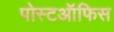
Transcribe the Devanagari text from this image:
पोस्टऑफिस